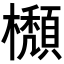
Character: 𣟩